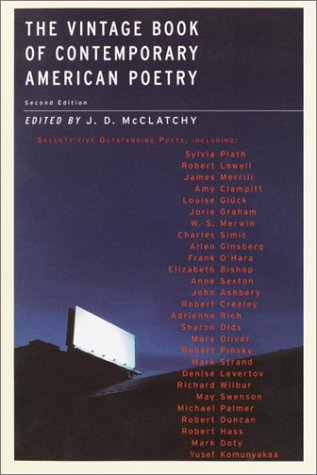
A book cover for The Vintage Book of Contemporary American Poetry; J.D. McClatchy; Literature & Fiction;